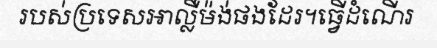
របស់ប្រទេសអាល្លឺម៉ង់ផងដែរ។ធ្វើដំណើរ